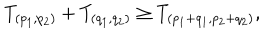
T _ { ( p _ { 1 } , p _ { 2 } ) } + T _ { ( q _ { 1 } , q _ { 2 } ) } \geq T _ { ( p _ { 1 } + q _ { 1 } , p _ { 2 } + q _ { 2 } ) } ,